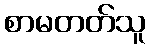
စာမတတ်သူ